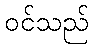
ဝင်သည်